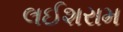
લઈશરામ